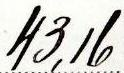
43,16